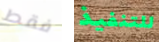
فقط للتنفيذ